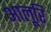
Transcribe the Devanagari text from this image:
आलूरि